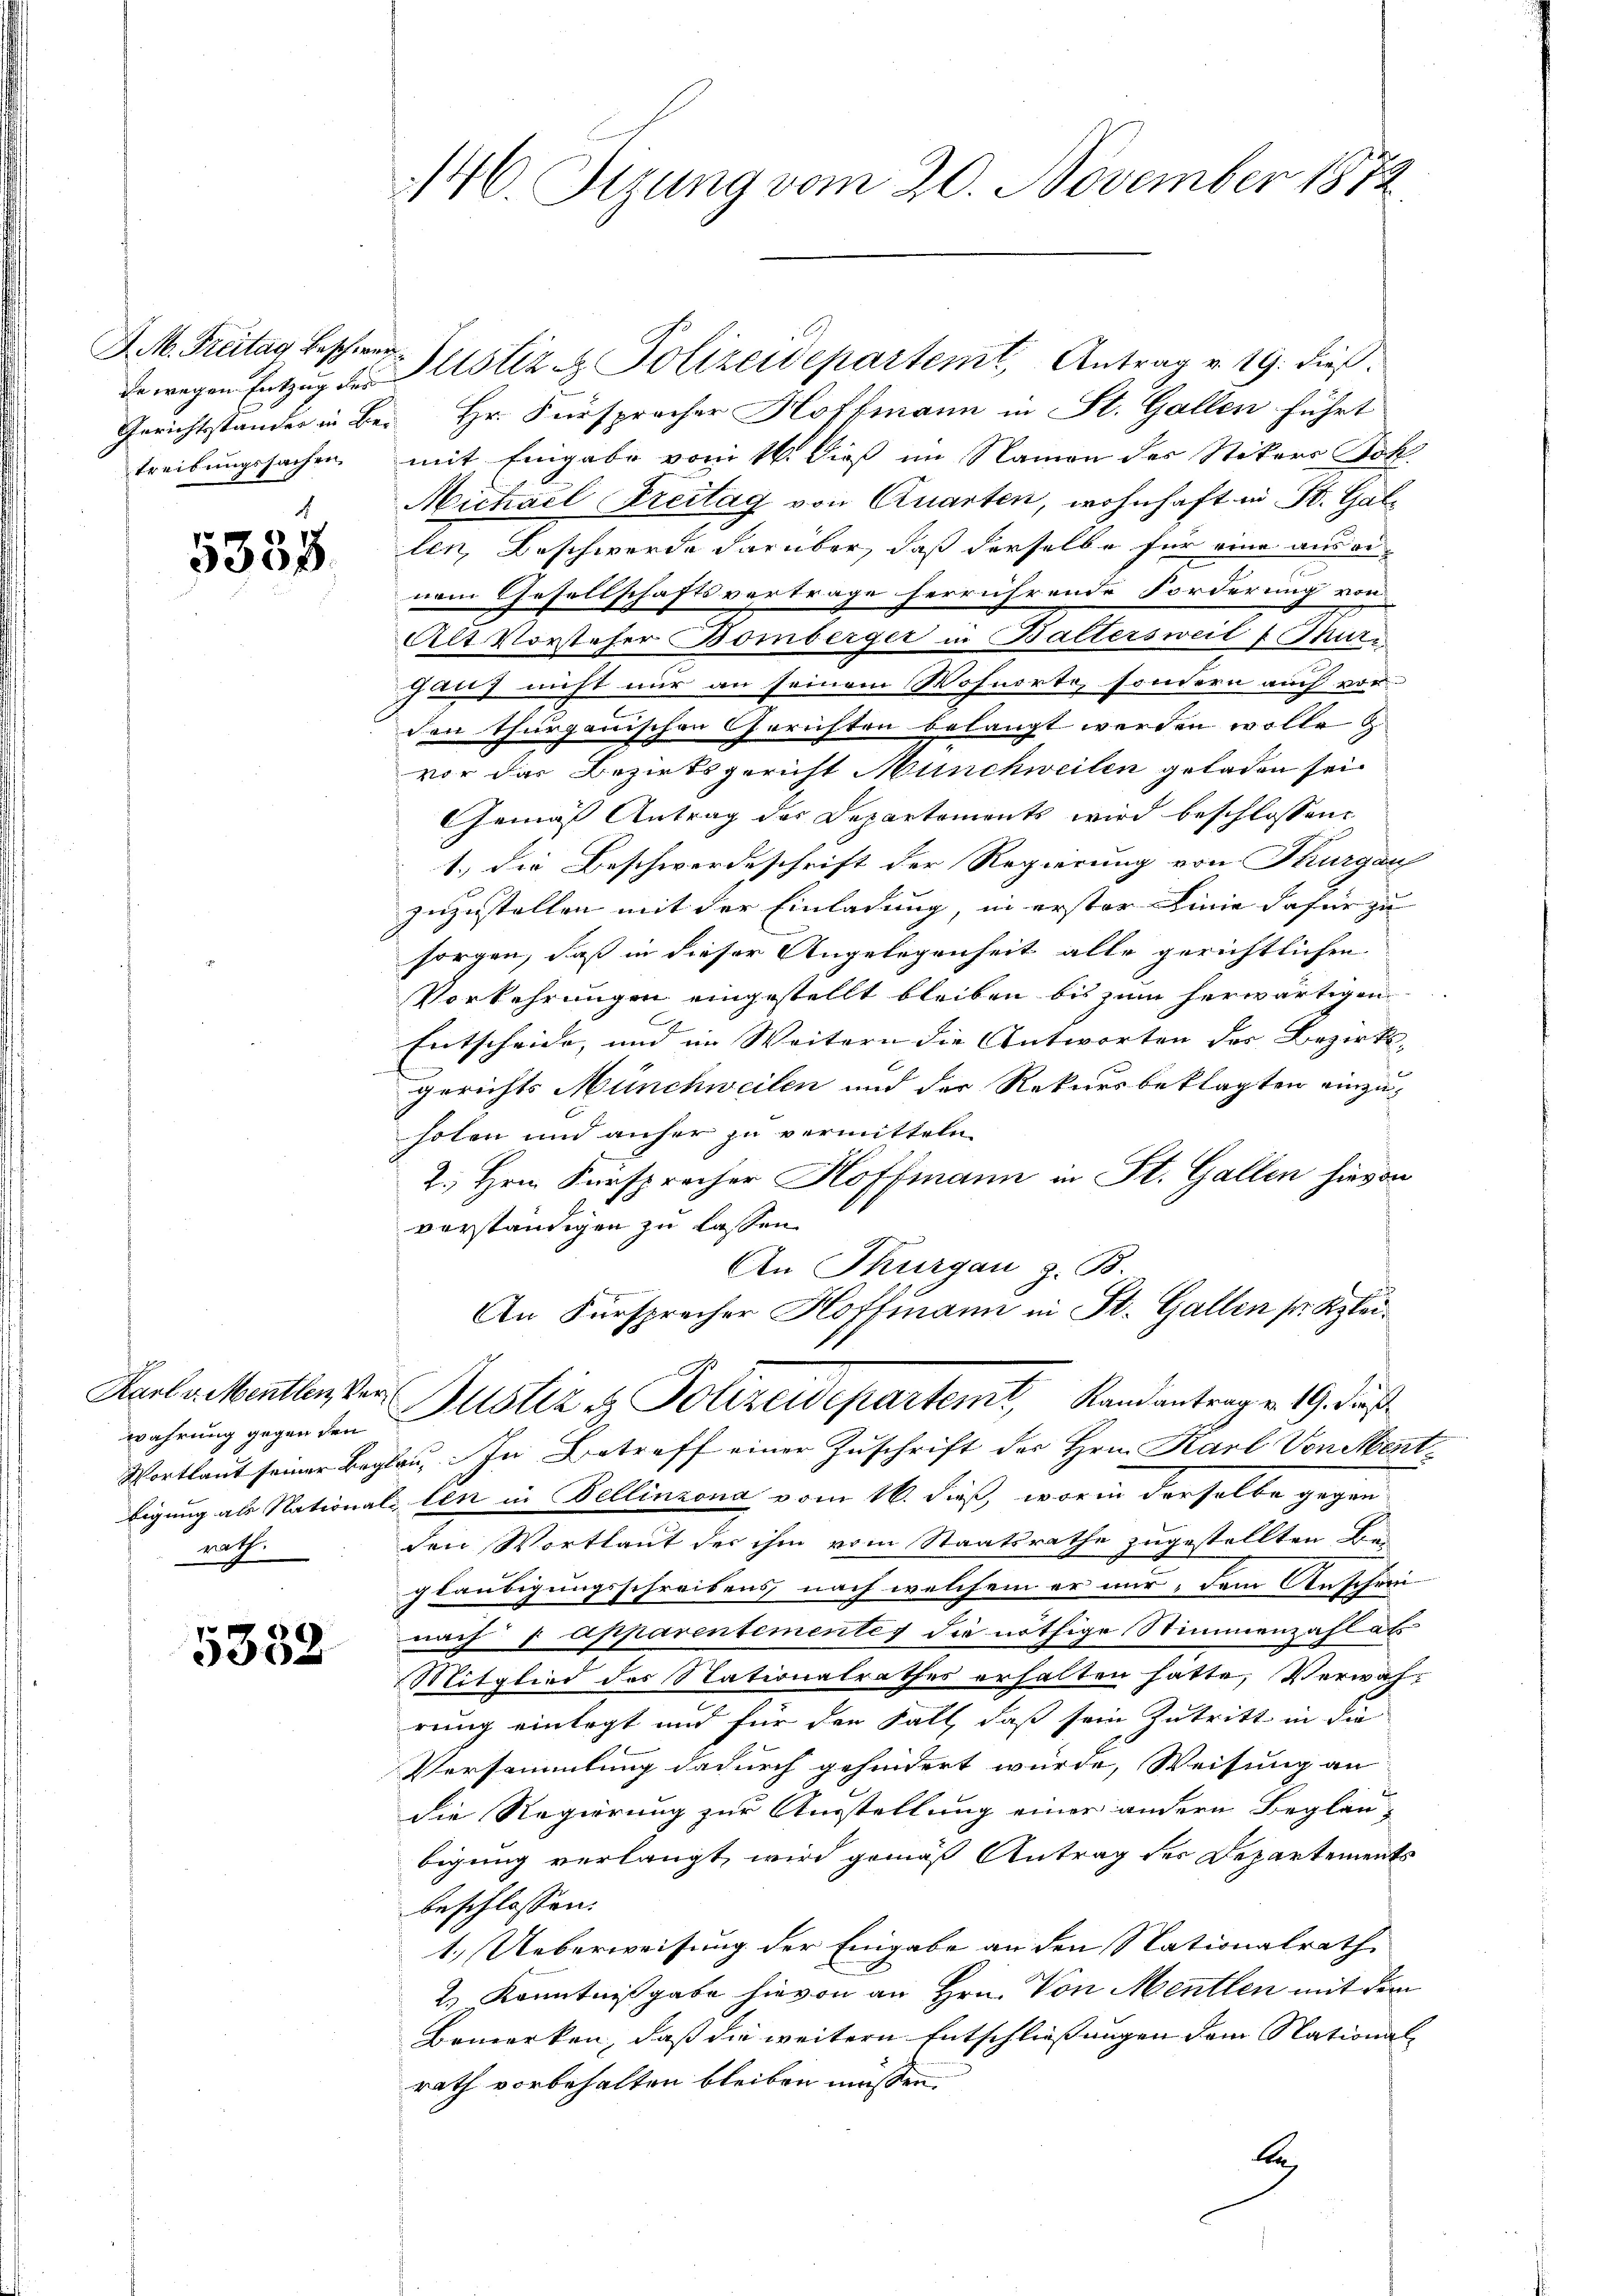
de wegen Entzug des
treibungssachen

5333.

wahrung gegen den
rath.

5358

AMM. Freitag besche Justiz & Polizeidepartemt, Antrag v. 19. dieß.
Gerichtstander in Bei Hr. Fürspracher Hoffmann in St. Gallen führt
mit Eingabe vom 16. Dieß im Namen des Stikers Joh.
Michael Freitag von Quarten, wohnhaft in St. Gallen, Beschwerde darüber, daß derselbe für eine aus einem Gesellschaftsvertrage herrührende Forderung von
Alt Vorsteher Bomberger in Baltersweil & Thur
chung nicht nur an seinem Wohnorte, sondern auch vor
den Thurgauischen Gerichten belangt werden wolle u.
vor das Bezirksgericht Münchweilen geladen sei,
Gemäß Antrag der Departements wird beschlossen:
1.) die Beschwerdeschrift der Regierung von Thurgau
zuzustellen mit der Einladung, in erster Linie dafür zu
sorgen, daß in dieser Angelegenheit alle gerichtlichen
Vorkehrungen eingestellt bleiben bis zum herwärtigen
Entscheide, und im Weitern die Antworten des Bezirks- |
gerichts Münchweilen und der Rekursbeklagten einzuholen und anher zu vermitteln.
2., Hrn. Fürspracher Hoffmann in St. Gallen hievon
verständigen zu lassen
An Thurgau z. B.
An Fürsprecher Hoffmann in St. Gallen sr. Klei¬

146. Sizung vom 20. November 1872

Karte Menther der Justiz & Polizeidepartemt, Randantrag v. 19. dieß

Wortlaut seiner Beglau, In Betreff einer Zuschrift der Hrn. Karl Von Ment-
bigung als Nationallen in Bellinzona vom 16. dieß, worin derselbe gegen
den Wortlaut der ihm vom Staatsrathe zugestellten Dien
gläubigungsschreibens nach welchem er mir, dem Anschei-
nach 7 apparentementes die nöthige Stimmenzahl auf
Mitglied des Stationalrathes erhalten hatte, Verwahrung einlegt und für den Fall, daß sein Zutritt in die
Versammlung dadurch gehindert wurde, Weisung an
die Regierung zur Ausstellung einer andern Beglau-
bigung verlangt, wird gemäß Antrag der Departements
beschlossen:
1.) Ueberweisung der Eingabe an den Nationalrathe
2.) Kenntnißgabe hievon an Hrn. Von Menten mit dem
Bemerken, daß die weitere Entschliessungen dem National-
rath vorbehalten bleiben müssen.
be